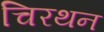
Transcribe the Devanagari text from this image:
चिरथन